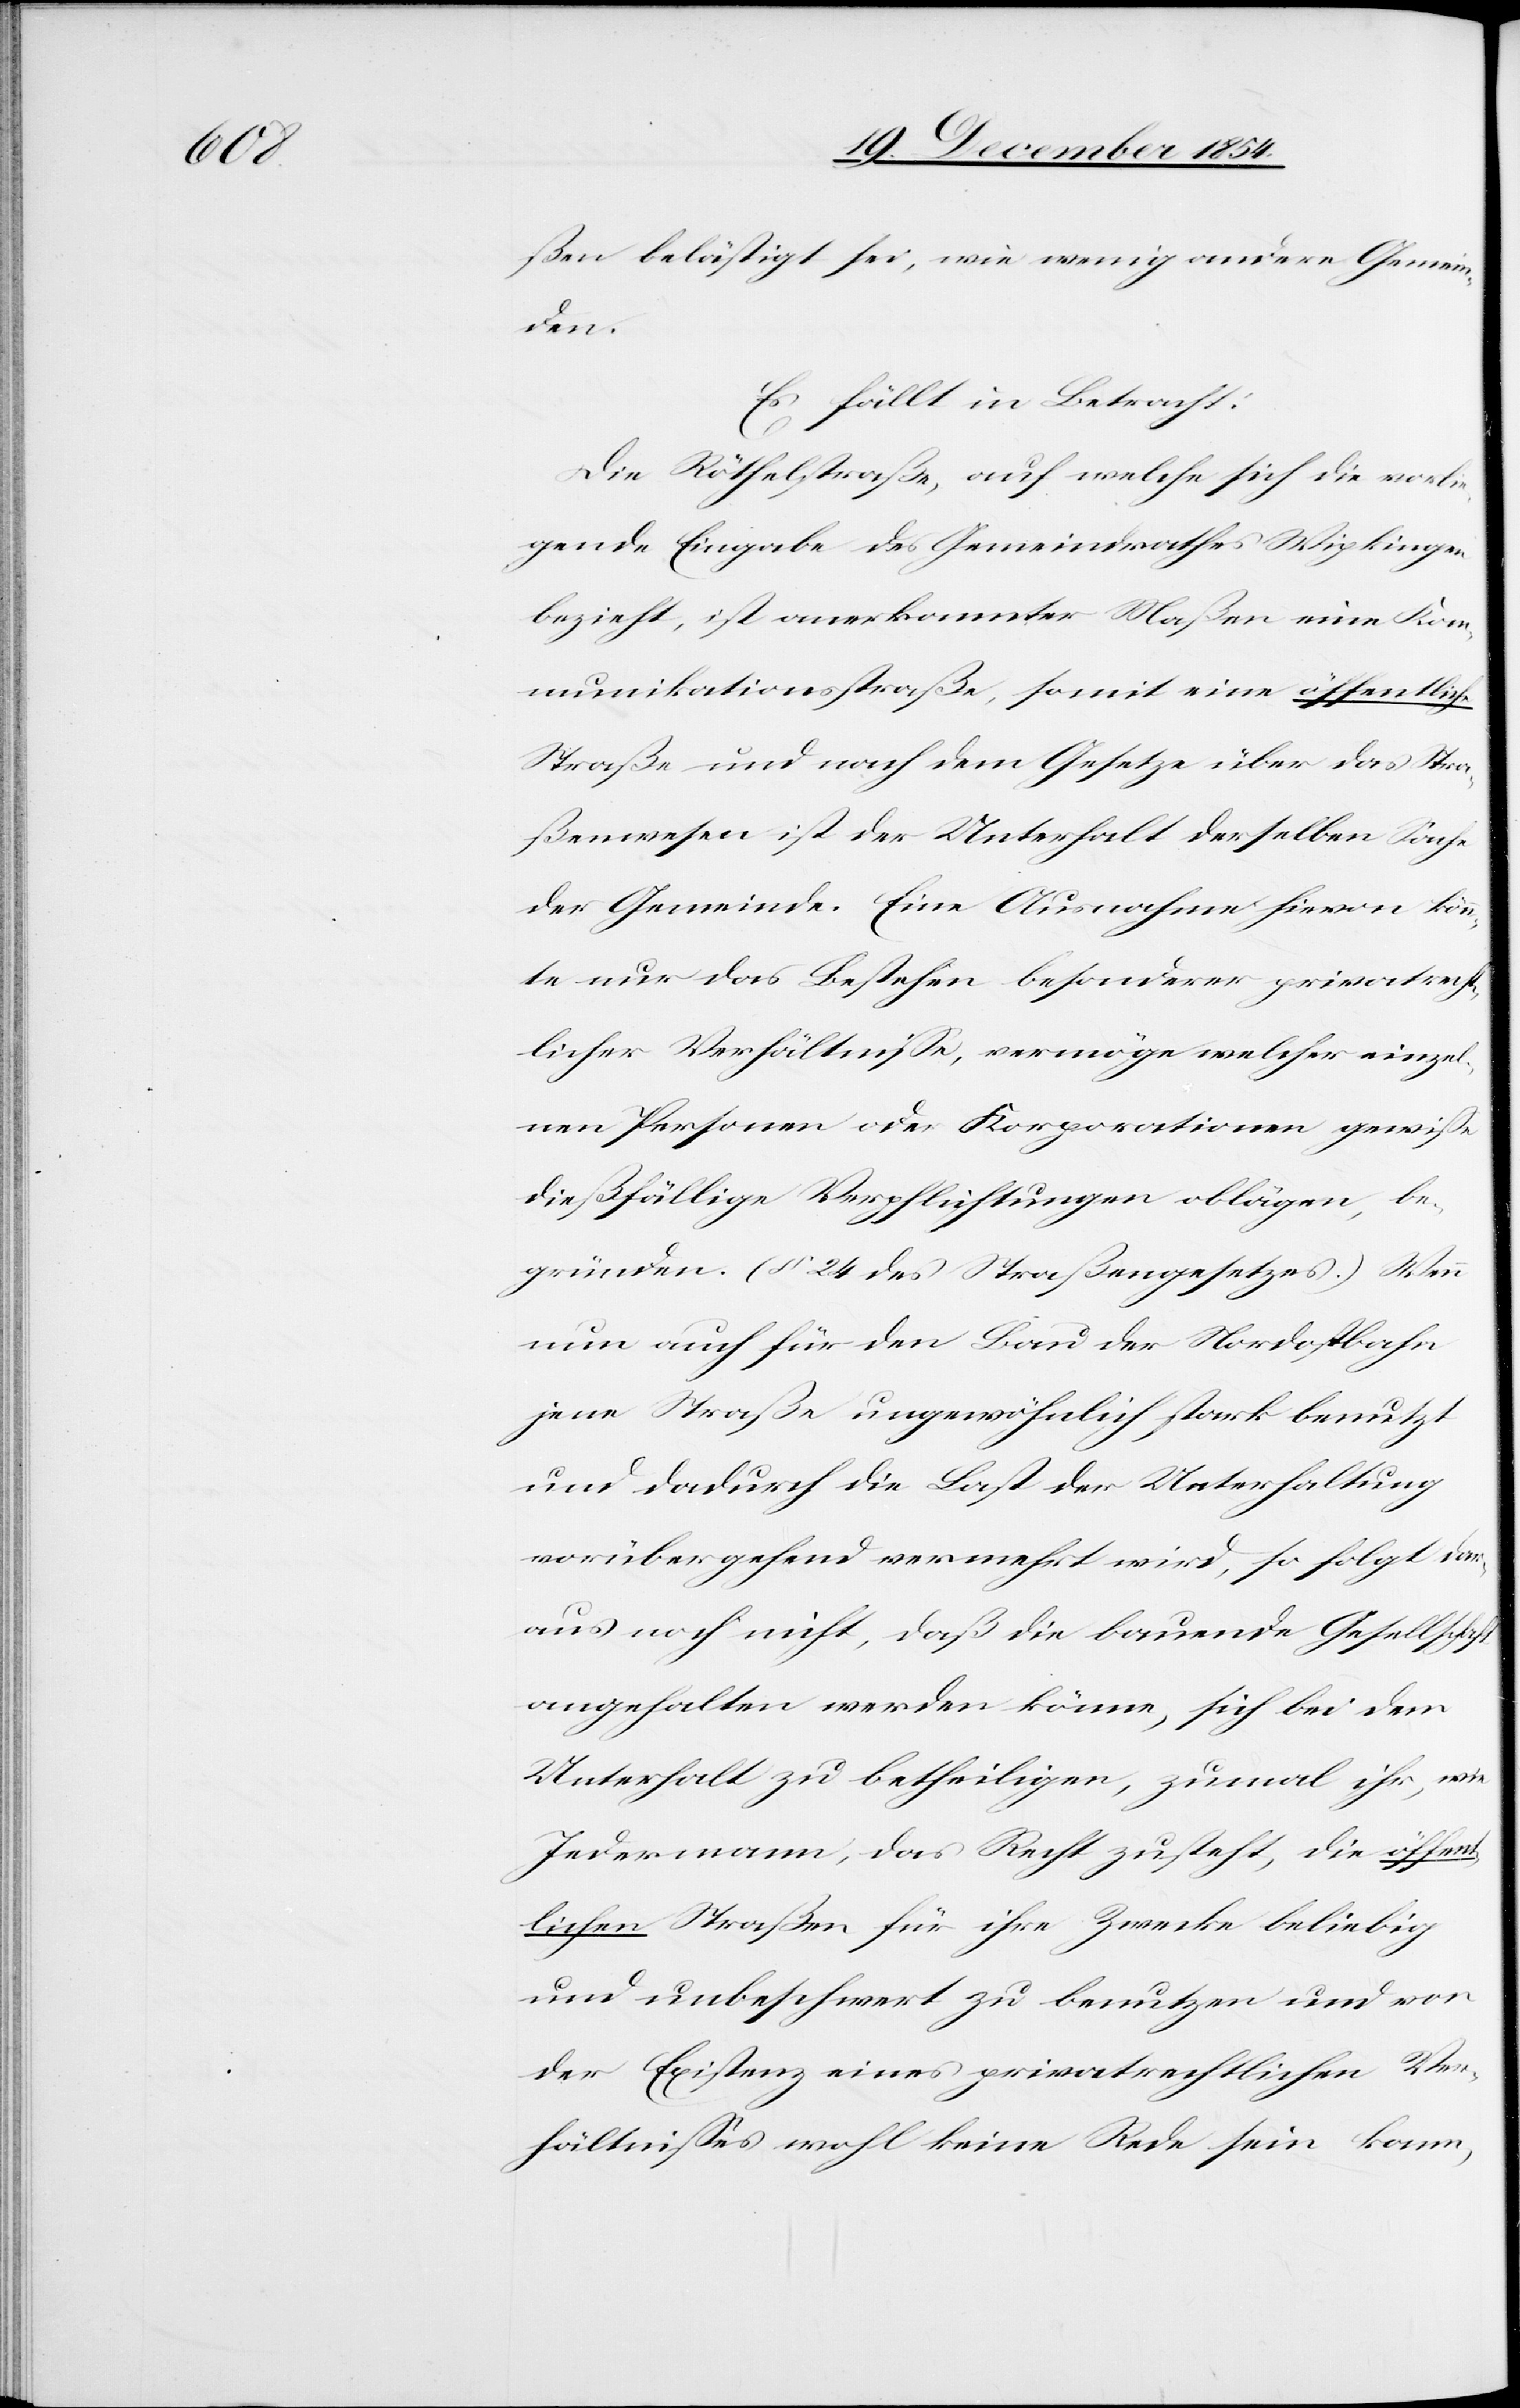
ßen belästigt sei, wie wenig andere Gemein¬
den.
Es fällt in Betracht:
Die Röthelstraße, auf welche sich die vorlie¬
gende Eingabe des Gemeindrathes Wipkingen
bezieht, ist anerkannter Maßen eine Kom¬
munikationsstraße, somit eine öffentliche
Straße und nach dem Gesetz über das Stra¬
ßenwesen ist der Unterhalt derselben Sache
der Gemeinde. Eine Ausnahme hievon kön¬
nte nur das Bestehen besonderer privatrecht¬
licher Verhältniße, vermöge welcher einzel¬
nen Personen oder Korporationen gewiße
dießfällige Verpflichtungen oblägen, be¬
gründen. (§ 24 des Straßengesetzes.) Wenn
nun auch für den Bau der Nordostbahn
jene Straße ungewöhnlich stark benutzt
und dadurch die Last der Unterhaltung
vorübergehend vermehrt wird, so folgt dar¬
aus noch nicht, daß die bauende Gesellschaft
angehalten werden könne, sich bei dem
Unterhalt zu betheiligen, zumal ihr, wie
Jedermann, das Recht zusteht, die öffent¬
lichen Straßen für ihre Zwecke beliebig
und unbeschwert zu benutzen und von
der Existenz eines privatrechtlichen Ver¬
hältnißes wohl keine Rede sein kann,